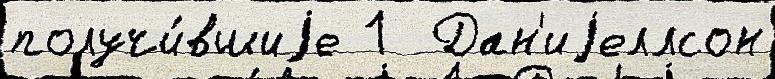
получи́вшиjе 1  Дан'иjеллсон